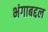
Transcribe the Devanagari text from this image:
भंगाबद्दल